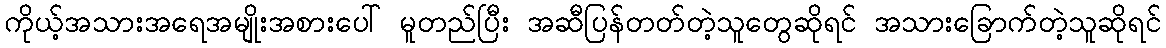
ကိုယ့်အသားအရေအမျိုးအစားပေါ် မူတည်ပြီး အဆီပြန်တတ်တဲ့သူတွေဆိုရင် အသားခြောက်တဲ့သူဆိုရင်